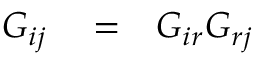
\begin{array} { r l r } { G _ { i j } } & { { } = } & { G _ { i r } G _ { r j } } \end{array}